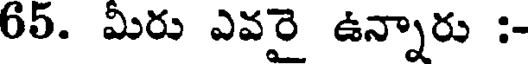
65. మీరు ఎవరై ఉన్నారు :-